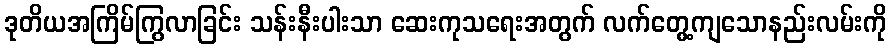
ဒုတိယအကြိမ်ကြွလာခြင်း သန်းနီးပါးသာ ဆေးကုသရေးအတွက် လက်တွေ့ကျသောနည်းလမ်းကို